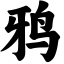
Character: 鸦